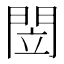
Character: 閚